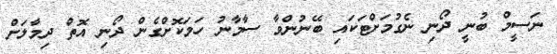
ނަސީމް ބުނީ ދޯނި ނެގުމަށްޓަކައި ބޭނުންވާ ސާމާނު ހަމަކޮށްގެން ދޯނި އޮތް ދިމާލަށް